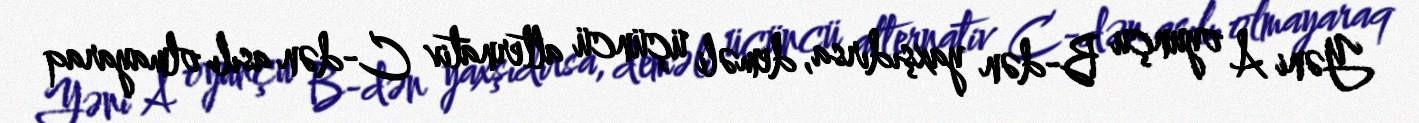
Yəni A oyunçu B-dən yaxşıdırsa, deməli üçüncü alternativ C-dən asılı olmayaraq